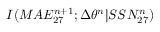
I ( M A E _ { 2 7 } ^ { n + 1 } ; \Delta \theta ^ { n } | S S N _ { 2 7 } ^ { n } )